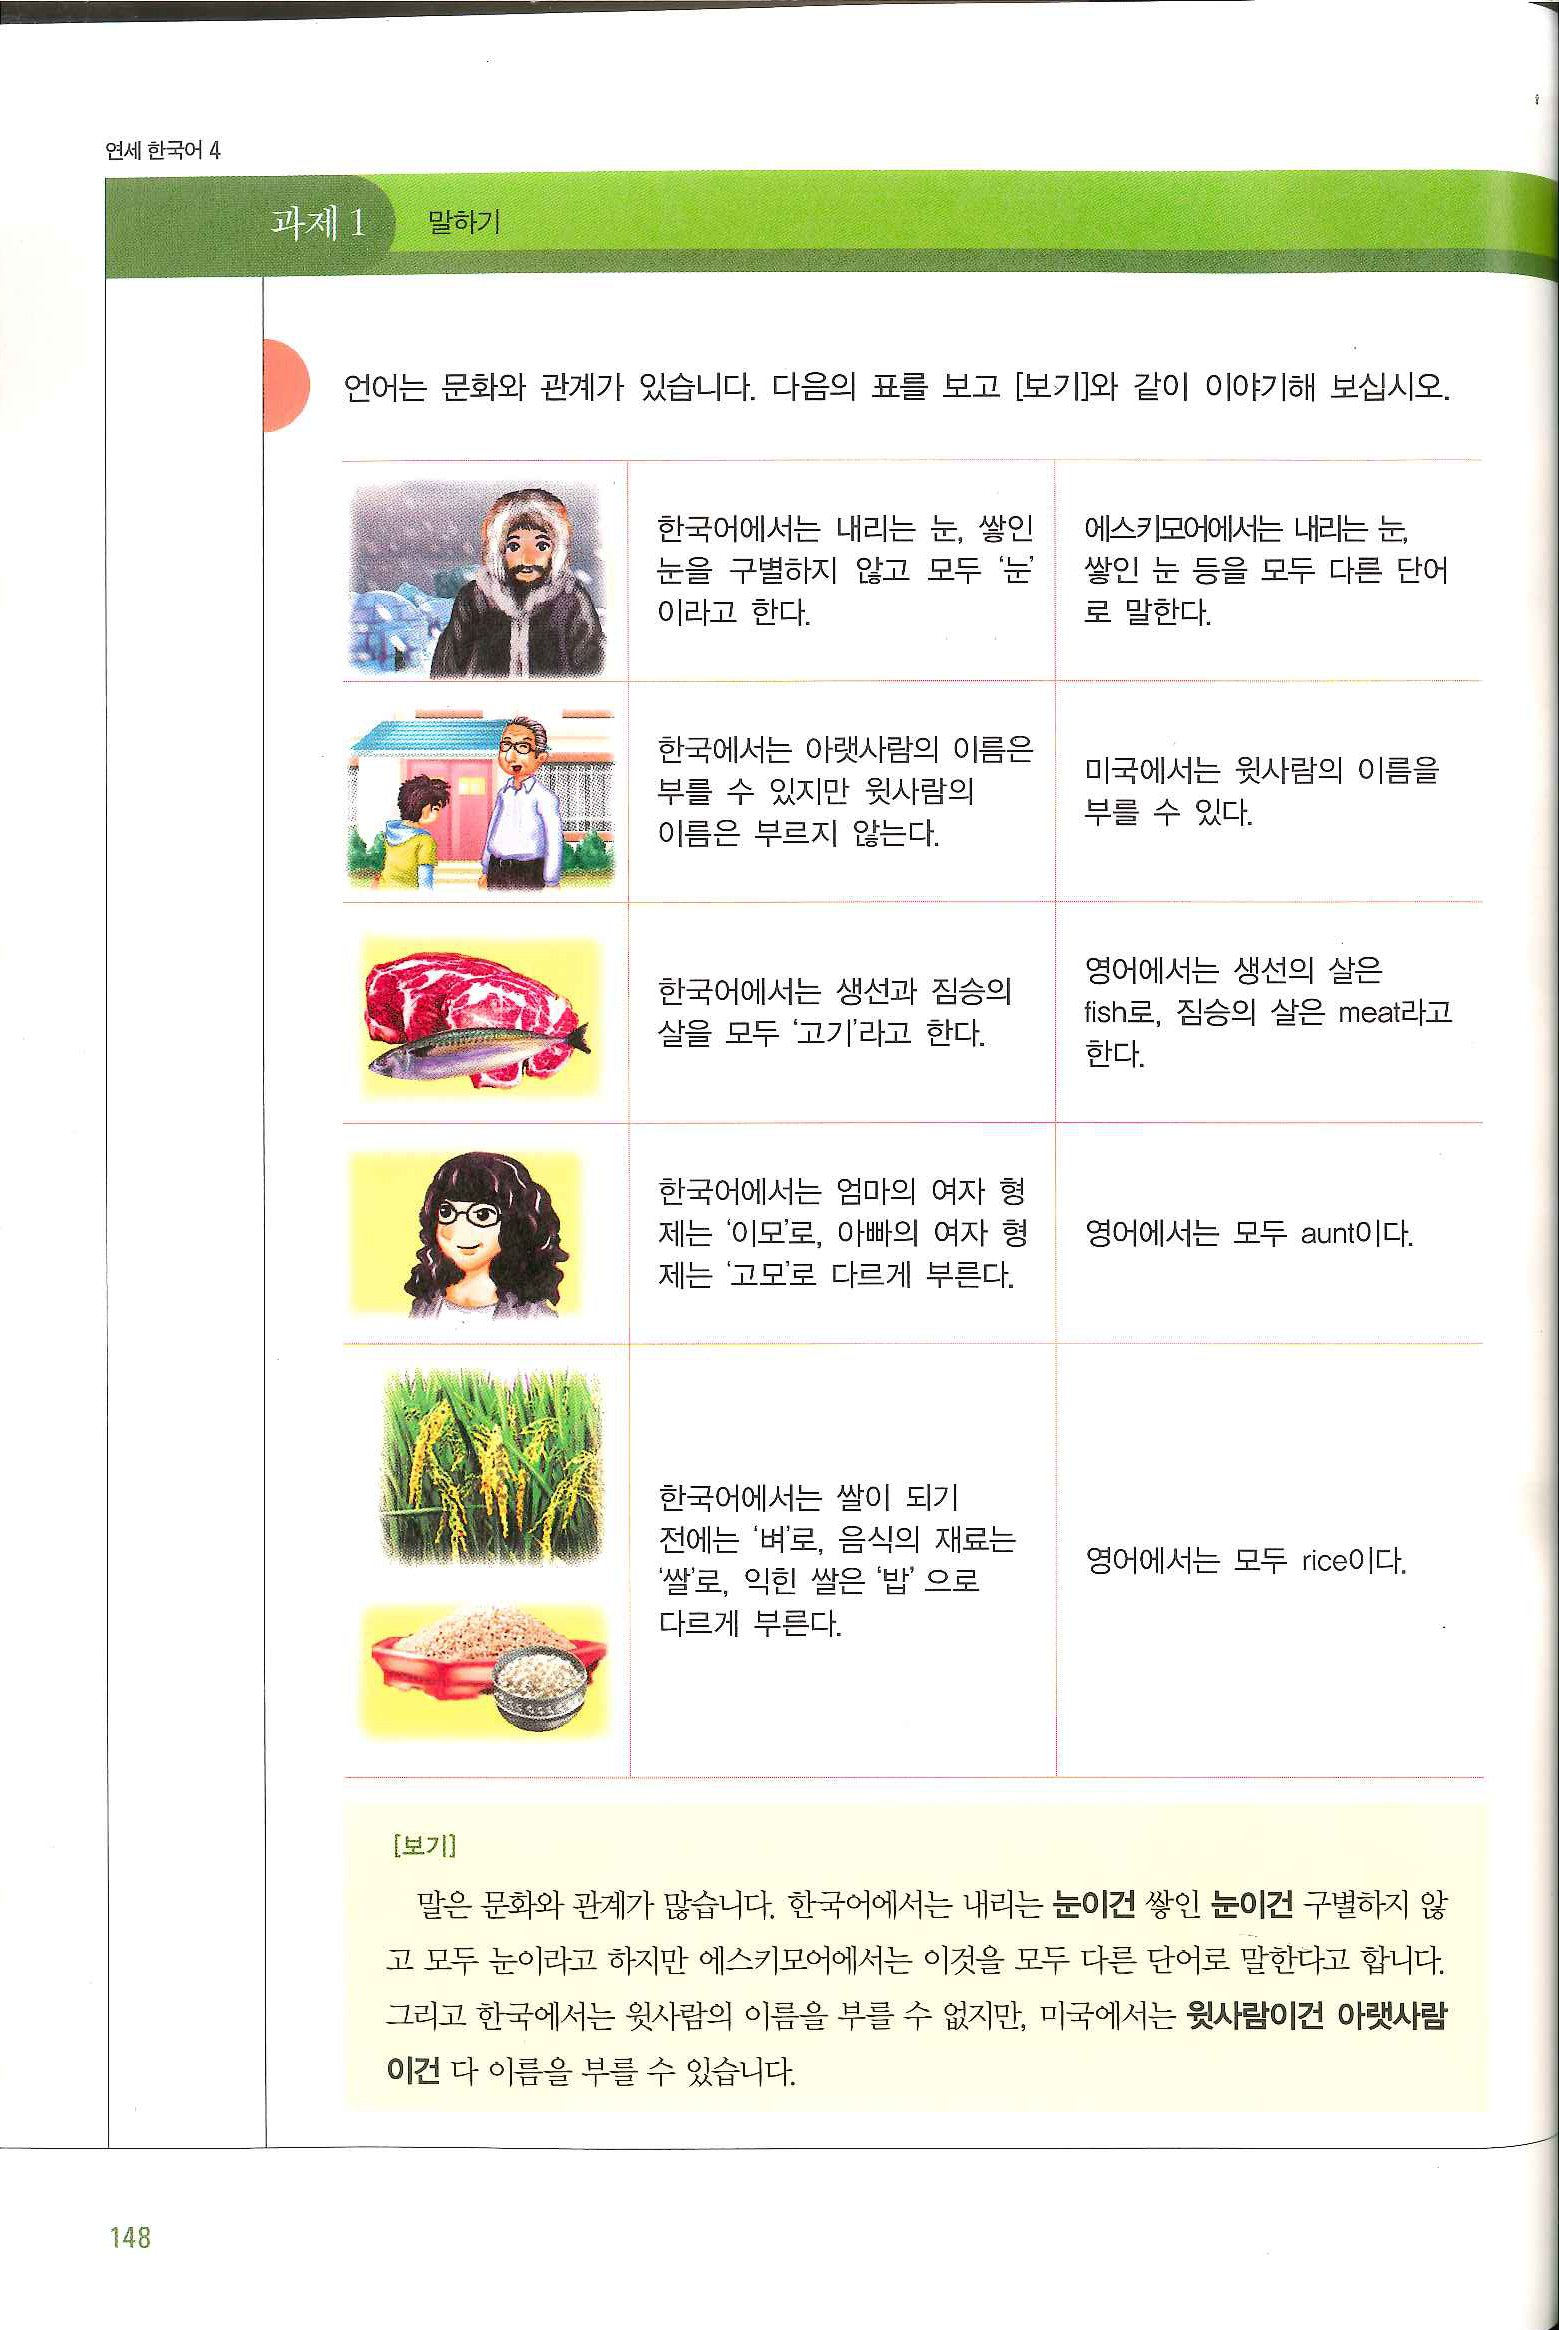
Language: ko